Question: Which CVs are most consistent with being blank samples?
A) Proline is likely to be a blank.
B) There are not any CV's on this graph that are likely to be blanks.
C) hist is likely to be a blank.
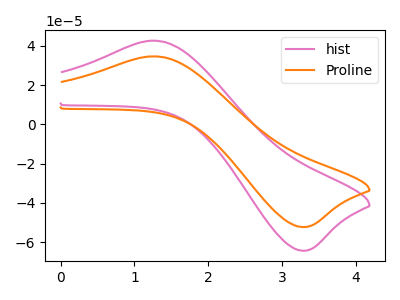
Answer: <think>The pink curve "hist" has an anodic peak at (1.25V, 42.60uA) and a cathodic peak at (3.25V, -64.40uA). The orange curve "Proline" has an anodic peak at (1.25V, 34.60uA) and a cathodic peak at (3.25V, -52.35uA).</think>
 <answer>B) There are not any CV's on this graph that are likely to be blanks.</answer>
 <eval>B</eval>